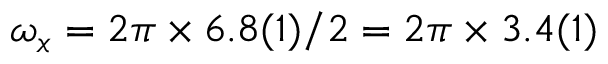
\omega _ { x } = 2 \pi \times 6 . 8 ( 1 ) / 2 = 2 \pi \times 3 . 4 ( 1 )